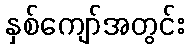
နှစ်ကျော်အတွင်း